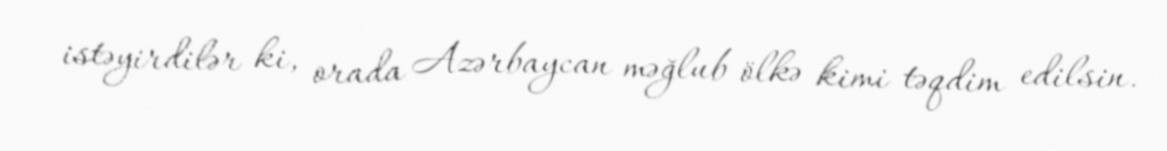
istəyirdilər ki, orada Azərbaycan məğlub ölkə kimi təqdim edilsin.